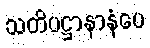
သတိပဋ္ဌာနာနံပေ